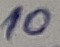
Text: 10